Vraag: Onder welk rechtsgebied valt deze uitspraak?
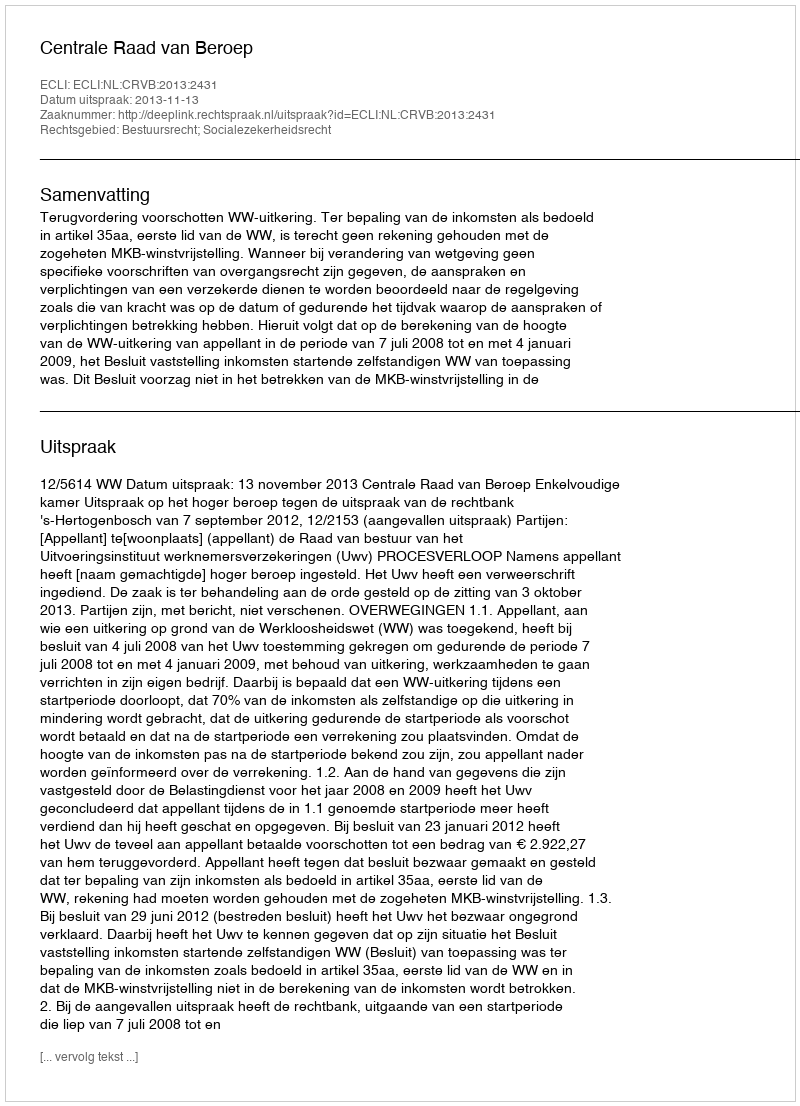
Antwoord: Bestuursrecht; Socialezekerheidsrecht